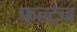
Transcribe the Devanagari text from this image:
फल्टन